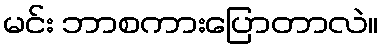
မင်း ဘာစကားပြောတာလဲ။